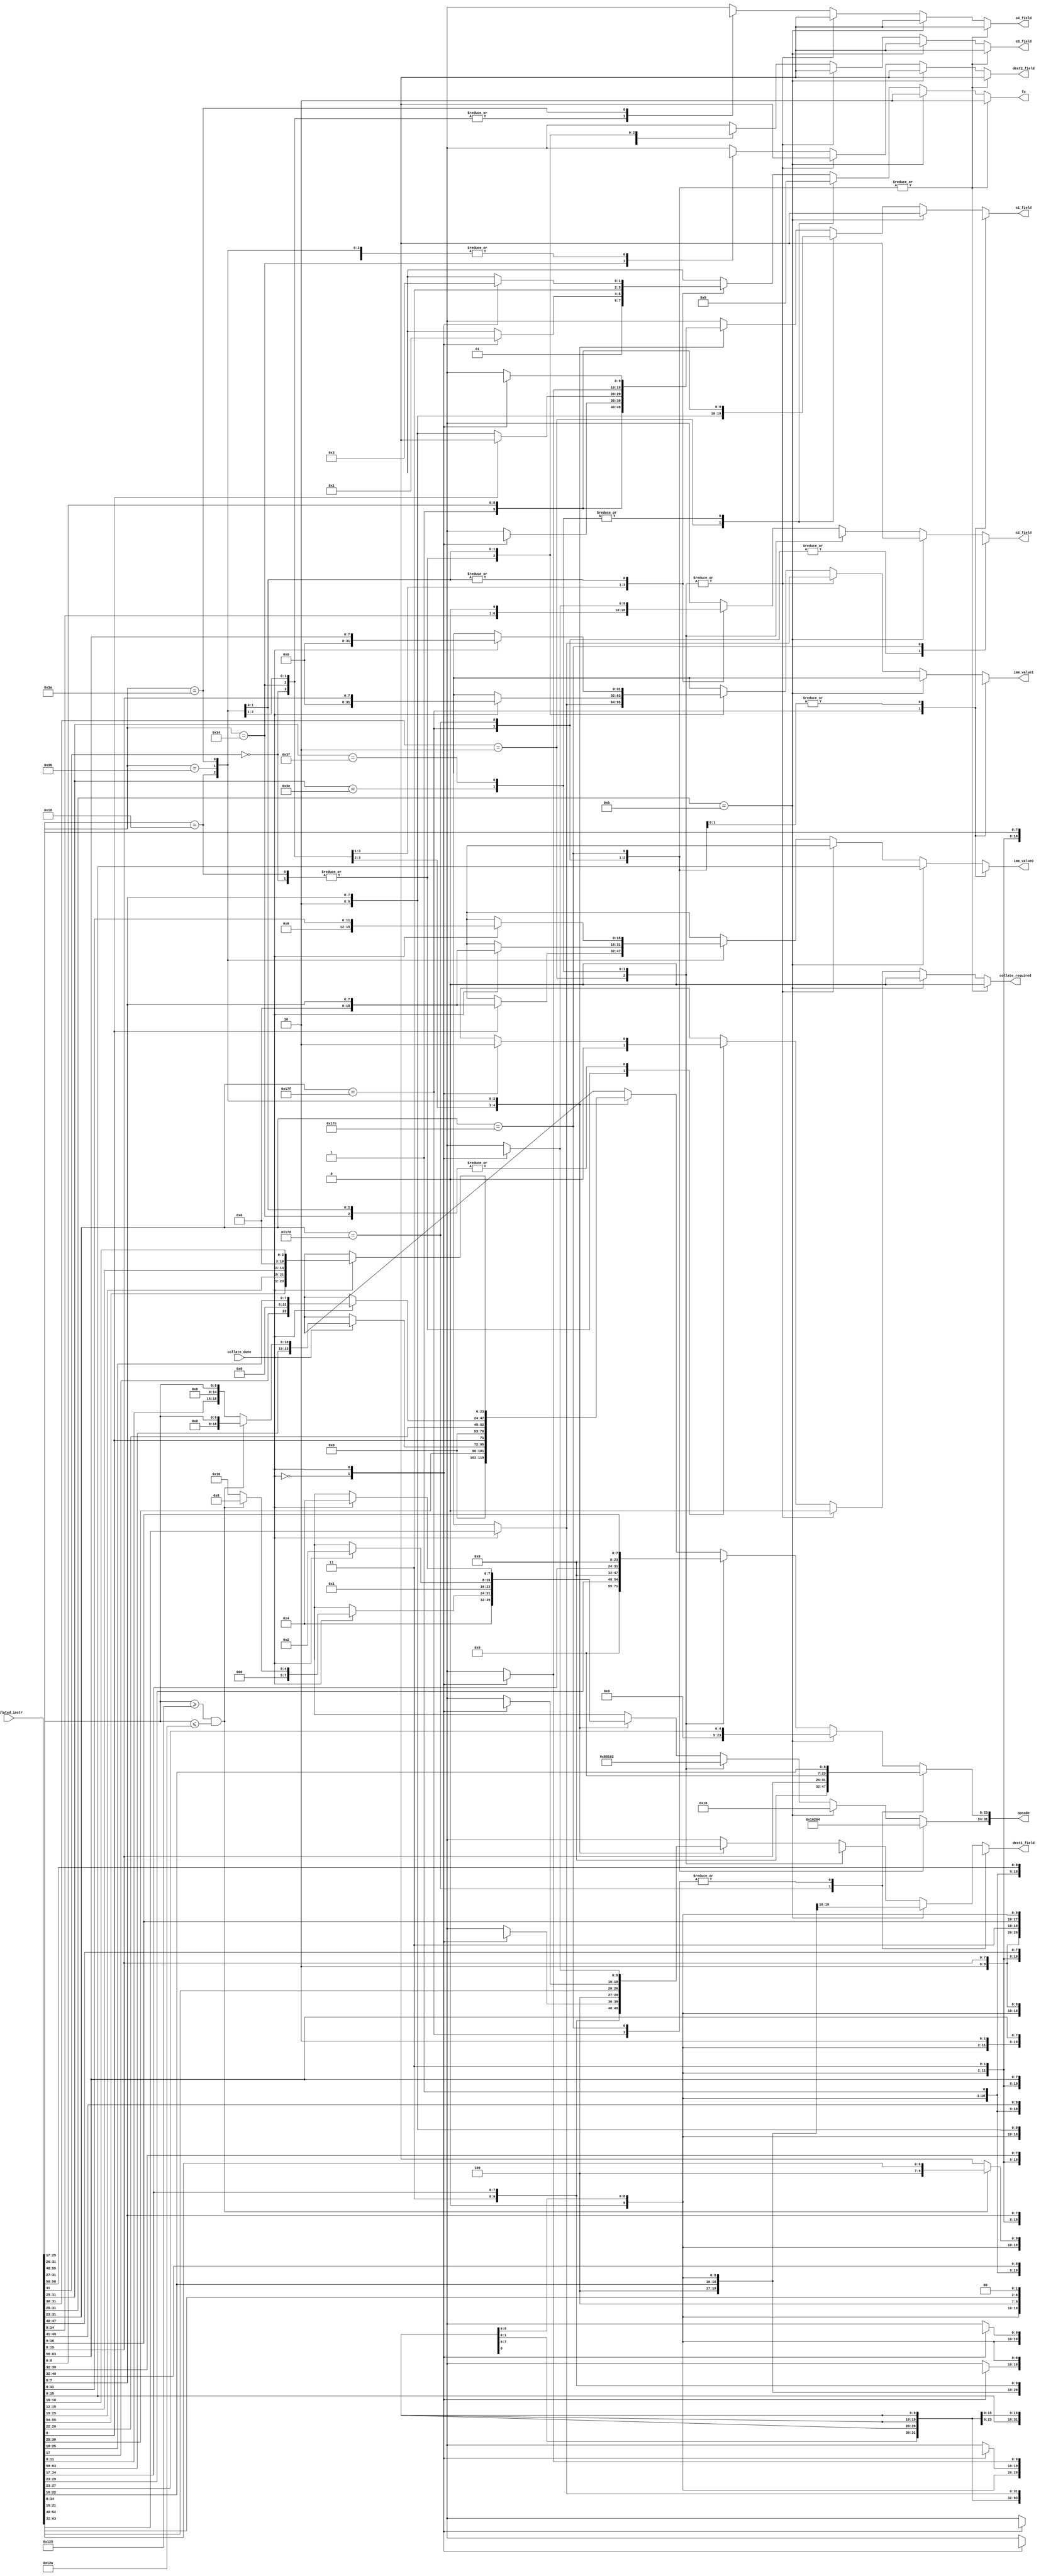
// This program was cloned from: https://github.com/VerticalResearchGroup/miaow
// License: BSD 3-Clause "New" or "Revised" License

`define VD 1'b1
`define IN 1'b0

module decode_core(
 collated_instr,
 collate_done,
 collate_required,
 fu,
 opcode,
 imm_value0,
 imm_value1,
 s1_field,
 s2_field,
 s3_field,
 s4_field,
 dest1_field,
 dest2_field
);

input [63:0] collated_instr;
input collate_done;

output collate_required;
output [1:0] fu;
output [31:0] opcode;
output [15:0] imm_value0;
output [31:0] imm_value1;
output [9:0] s1_field;
output [9:0] s2_field;
output [9:0] s3_field;
output [9:0] s4_field;
output [9:0] dest1_field;
output [9:0] dest2_field;

reg collate_required;
reg wf_halt;
reg wf_barrier;
reg wf_branch;
reg [1:0] fu;
reg [31:0] opcode;
reg [15:0] imm_value0;
reg [31:0] imm_value1;
reg scc_write;
reg scc_read;
reg vcc_write;
reg vcc_read;
reg exec_read;
reg [9:0] s1_field;
reg [9:0] s2_field;
reg [9:0] s3_field;
reg [9:0] s4_field;
reg [9:0] dest1_field;
reg [9:0] dest2_field;

always @(collated_instr or collate_done)
begin
  casex(collated_instr[31:0]) //for 64bit instructions lower word is decoded
    //SOPP
    32'b1011_1111_1???_????_????_????_????_????:
      begin
        collate_required <= 1'b0;
        fu <= 2'b10;
        opcode[31:24] <= 8'd1;
        opcode[23:0] <= {17'b0,collated_instr[22:16]};
        imm_value0 <= collated_instr[15:0];
        imm_value1 <= {32{1'bx}};
        s1_field <= {`IN,{9{1'bx}}};
        s2_field <= {`IN,{9{1'bx}}};
        s3_field <= {`IN,{9{1'bx}}};
        s4_field <= {`IN,{9{1'bx}}};
        dest1_field <= {`IN,{9{1'bx}}};
        dest2_field <= {`IN,{9{1'bx}}};
      end
    //SOP1
    32'b1011_1110_1???_????_????_????_????_????:
      begin
        collate_required <= 1'b0;
        fu <= 2'b10;
        opcode[31:24] <= 8'd2;
        opcode[23:0] <= {16'b0,collated_instr[15:8]};
        imm_value0 <= {16{1'bx}};
        imm_value1 <= collate_done ? collated_instr[63:32] : {32{1'bx}};
        s1_field <= {`VD,1'b0,collated_instr[7:0]}; //SSRC8
        s2_field <= {`IN,{9{1'bx}}};
        s3_field <= {`IN,{9{1'bx}}};
        s4_field <= {`IN,{9{1'bx}}};
        dest1_field <= {`VD,2'b0,collated_instr[22:16]}; //SDST7
        dest2_field <= {`IN,{9{1'bx}}};
      end
    //SOPC
    32'b1011_1111_0???_????_????_????_????_????:
      begin
        collate_required <= 1'b0;
        fu <= 2'b10;
        opcode[31:24] <= 8'd4;
        opcode[23:0] <= {17'b0,collated_instr[22:16]};
        imm_value0 <= {16{1'bx}};
        imm_value1 <= collate_done ? collated_instr[63:32] : {32{1'bx}};
        s1_field <= {`VD,1'b0,collated_instr[7:0]}; //SSRC8
        s2_field <= {`VD,1'b0,collated_instr[15:8]}; //SSRC8
        s3_field <= {`IN,{9{1'bx}}};
        s4_field <= {`IN,{9{1'bx}}};
        dest1_field <= {`IN,{9{1'bx}}};
        dest2_field <= {`IN,{9{1'bx}}};
      end
    //SOPK
    32'b1011_????_????_????_????_????_????_????:
      begin
        collate_required <= 1'b0;
        fu <= 2'b10;
        opcode[31:24] <= 8'd16;
        opcode[23:0] <= {19'b0,collated_instr[27:23]};
        imm_value0 <= collated_instr[15:0];
        imm_value1 <= {32{1'bx}};
        s1_field <= {`IN,{9{1'bx}}};
        s2_field <= {`IN,{9{1'bx}}};
        s3_field <= {`IN,{9{1'bx}}};
        s4_field <= {`IN,{9{1'bx}}};
        dest1_field <= {`VD,2'b0,collated_instr[22:16]}; //SDST7
        dest2_field <= {`IN,{9{1'bx}}};
      end
    //SOP2
    32'b10??_????_????_????_????_????_????_????:
      begin
        collate_required <= 1'b0;
        fu <= 2'b10;
        opcode[31:24] <= 8'd8;
        opcode[23:0] <= {17'b0,collated_instr[29:23]};
        imm_value0 <= {16{1'bx}};
        imm_value1 <= collate_done ? collated_instr[63:32] : {32{1'bx}};
        s1_field <= {`VD,1'b0,collated_instr[7:0]}; //SSRC8
        s2_field <= {`VD,1'b0,collated_instr[15:8]}; //SSRC8
        s3_field <= {`IN,{9{1'bx}}};
        s4_field <= {`IN,{9{1'bx}}};
        dest1_field <= {`VD,2'b0,collated_instr[22:16]}; //SDST7
        dest2_field <= {`IN,{9{1'bx}}};
      end
    //Vector formats
    //VOPC
    32'b0111_110?_????_????_????_????_????_????:
      begin
        collate_required <= 1'b0;
        fu <= 2'b01;
        opcode[31:24] <= 8'd1;
        opcode[23:0] <= {16'b0,collated_instr[24:17]};
        imm_value0 <= {16{1'bx}};
        imm_value1 <= collate_done ? collated_instr[63:32] : {32{1'bx}};
        s1_field <= {`VD,collated_instr[8:0]}; //SRC9
        s2_field <= {`VD,1'b1,collated_instr[16:9]}; //VSRC8
        s3_field <= {`IN,{9{1'bx}}};
        s4_field <= {`IN,{9{1'bx}}};
        dest1_field <= {`IN,{9{1'bx}}};
        dest2_field <= {`IN,{9{1'bx}}};
      end
    //VOP1
    32'b0111_111?_????_????_????_????_????_????:
      begin
        collate_required <= 1'b0;
        fu <= 2'b01;
        opcode[31:24] <= 8'd2;
        opcode[23:0] <= {16'b0,collated_instr[16:9]};
        imm_value0 <= {16{1'bx}};
        imm_value1 <= collate_done ? collated_instr[63:32] : {32{1'bx}};
        s1_field <= {`VD,collated_instr[8:0]}; //SRC9
        s2_field <= {`IN,{9{1'bx}}};
        s3_field <= {`IN,{9{1'bx}}};
        s4_field <= {`IN,{9{1'bx}}};
        dest1_field <= {`VD,1'b1,collated_instr[24:17]}; //VDST8
        dest2_field <= {`IN,{9{1'bx}}};
      end
    //VOP2
    32'b0???_????_????_????_????_????_????_????:
      begin
        collate_required <= 1'b0;
        fu <= 2'b01;
        opcode[31:24] <= 8'd4;
        opcode[23:0] <= {18'b0,collated_instr[30:25]};
        imm_value0 <= {16{1'bx}};
        imm_value1 <= collate_done ? collated_instr[63:32] : {32{1'bx}};
        s1_field <= {`VD,collated_instr[8:0]}; //SRC9
        s2_field <= {`VD,1'b1,collated_instr[16:9]}; //VSRC8
        s3_field <= {`IN,{9{1'bx}}};
        s4_field <= {`IN,{9{1'bx}}};
        dest1_field <= {`VD,1'b1,collated_instr[24:17]}; //VDST8
        dest2_field <= {`IN,{9{1'bx}}};
      end
    //VOP3a and VOP3b
    32'b1101_00??_????_????_????_????_????_????:
      begin
        casex(collate_done)
          //Only first word available
          1'b0:
            begin
              collate_required <= 1'b1;
              fu <= 2'b0; //Unused fu
              opcode[31:24] <= {8{1'bx}};
              opcode[23:0] <= {24{1'bx}};
              imm_value0 <= {16{1'bx}};
              imm_value1 <= {32{1'bx}};
              s1_field <= {`IN,{9{1'bx}}};
              s2_field <= {`IN,{9{1'bx}}};
              s3_field <= {`IN,{9{1'bx}}};
              s4_field <= {`IN,{9{1'bx}}};
              dest1_field <= {`IN,{9{1'bx}}};
              dest2_field <= {`IN,{9{1'bx}}};
            end
           //Both words are available
           1'b1:
             begin
               //VOP3b
               if((collated_instr[25:17] >= 9'h125) && (collated_instr[25:17] <= 9'h12a))
                 begin
                   collate_required <= 1'b0;
                   fu <= 2'b01;
                   opcode[31:24] <= 8'd8;
                   opcode[23:0] <= {collated_instr[63:59],10'b0,collated_instr[25:17]};
                   imm_value0 <= {16{1'bx}};
                   imm_value1 <= {32{1'bx}};
                   s1_field <= {`VD,collated_instr[40:32]}; //SRC9
                   s2_field <= {`VD,collated_instr[49:41]}; //SRC9
                   s3_field <= {`VD,collated_instr[58:50]}; //SRC9
                   s4_field <= {`IN,{9{1'bx}}};
                   dest1_field <= {`VD,1'b1,collated_instr[7:0]}; //VDST8
                   dest2_field <= {`VD,2'b0,collated_instr[14:8]}; //SDST7
                 end
               //VOP3a
               else
                 begin
                   collate_required <= 1'b0;
                   fu <= 2'b01;
                   opcode[31:24] <= 8'd16;
                   opcode[23:0] <= {collated_instr[63:59],collated_instr[11:8],6'b0,collated_instr[25:17]};
                   imm_value0 <= {16{1'bx}};
                   imm_value1 <= {32{1'bx}};
                   s1_field <= {`VD,collated_instr[40:32]}; //SRC9
                   s2_field <= {`VD,collated_instr[49:41]}; //SRC9
                   s3_field <= {`VD,collated_instr[58:50]}; //SRC9
                   s4_field <= {`IN,{9{1'bx}}};
                   dest1_field <= {`VD,1'b1,collated_instr[7:0]}; //VDST8
                   dest2_field <= {`IN,{9{1'bx}}};
                 end
             end
           //Error Condition
           default:
             begin
              collate_required <= 1'bx;
              fu <= {2{1'bx}};
              opcode[31:24] <= {8{1'bx}};
              opcode[23:0] <= {24{1'bx}};
              imm_value0 <= {16{1'bx}};
              imm_value1 <= {32{1'bx}};
              s1_field <= {10{1'bx}};
              s2_field <= {10{1'bx}};
              s3_field <= {10{1'bx}};
              s4_field <= {10{1'bx}};
              dest1_field <= {10{1'bx}};
              dest2_field <= {10{1'bx}};
             end
        endcase
      end
    //SMRD
    32'b1100_0???_????_????_????_????_????_????:
      begin
        collate_required <= 1'b0;
        fu <= 2'b11;
        opcode[31:24] <= 8'd1;
        opcode[23:0] <= {collated_instr[8],18'b0,collated_instr[26:22]};
        imm_value0 <= collated_instr[8] ? {8'b0,collated_instr[7:0]} : {16{1'bx}}; //OFFSET8 if IMM=1
        imm_value1 <= collate_done ? collated_instr[63:32] : {32{1'bx}};
        s1_field <= collated_instr[8] ? {`IN,{9{1'bx}}} : {`VD,1'b0,collated_instr[7:0]}; //OFFSET8 if IMM=0
        s2_field <= {`VD,2'b0,collated_instr[14:9],1'b0}; //SBASE6
        s3_field <= {`IN,{9{1'bx}}};
        s4_field <= {`IN,{9{1'bx}}};
        dest1_field <= {`VD,2'b0,collated_instr[21:15]}; //SDST7
        dest2_field <= {`IN,{9{1'bx}}};
      end
    //LDS/GDS
    32'b1101_10??_????_????_????_????_????_????:
      begin
        casex(collate_done)
          //Only first word available
          1'b0:
            begin
              collate_required <= 1'b1;
              fu <= 2'b0; //Unused fu
              opcode[31:24] <= {8{1'bx}};
              opcode[23:0] <= {24{1'bx}};
              imm_value0 <= {16{1'bx}};
              imm_value1 <= {32{1'bx}};
              s1_field <= {`IN,{9{1'bx}}};
              s2_field <= {`IN,{9{1'bx}}};
              s3_field <= {`IN,{9{1'bx}}};
              s4_field <= {`IN,{9{1'bx}}};
              dest1_field <= {`IN,{9{1'bx}}};
              dest2_field <= {`IN,{9{1'bx}}};
            end
           //Both words are available
           1'b1:
             begin
               collate_required <= 1'b0;
               fu <= 2'b11;
               opcode[31:24] <= 8'd2;
               opcode[23:0] <= {collated_instr[17],15'b0,collated_instr[25:18]};
               imm_value0 <= collated_instr[7:0];
               imm_value1 <= collated_instr[15:8];
               s1_field <= {`VD,1'b1,collated_instr[39:32]}; //ADDR8 (only VGPR)
               s2_field <= {`VD,1'b1,collated_instr[47:40]}; //DATA0 (only VGPR)
               s3_field <= {`VD,1'b1,collated_instr[55:48]}; //DATA1 (only VGPR)
               s4_field <= {`IN,{9{1'bx}}};
               dest1_field <= {`VD,1'b1,collated_instr[63:56]}; //VDST8
               dest2_field <= {`IN,{9{1'bx}}};
             end
           //Error Condition
           default:
             begin
              collate_required <= 1'bx;
              fu <= {2{1'bx}};
              opcode[31:24] <= {8{1'bx}};
              opcode[23:0] <= {24{1'bx}};
              imm_value0 <= {16{1'bx}};
              imm_value1 <= {32{1'bx}};
              s1_field <= {10{1'bx}};
              s2_field <= {10{1'bx}};
              s3_field <= {10{1'bx}};
              s4_field <= {10{1'bx}};
              dest1_field <= {10{1'bx}};
              dest2_field <= {10{1'bx}};
             end
        endcase
      end
    //MTBUF
    32'b1110_10??_????_????_????_????_????_????:
      begin
        casex(collate_done)
          //Only first word available
          1'b0:
            begin
              collate_required <= 1'b1;
              fu <= 2'b0; //Unused fu
              opcode[31:24] <= {8{1'bx}};
              opcode[23:0] <= {24{1'bx}};
              imm_value0 <= {16{1'bx}};
              imm_value1 <= {32{1'bx}};
              s1_field <= {`IN,{9{1'bx}}};
              s2_field <= {`IN,{9{1'bx}}};
              s3_field <= {`IN,{9{1'bx}}};
              s4_field <= {`IN,{9{1'bx}}};
              dest1_field <= {`IN,{9{1'bx}}};
              dest2_field <= {`IN,{9{1'bx}}};
            end
           //Both words are available
           1'b1:
             begin
               collate_required <= 1'b0;
               fu <= 2'b11;
               opcode[31:24] <= 8'd4;
               opcode[23:0] <= {collated_instr[55:54],collated_instr[25:19],collated_instr[15:12],8'b0,collated_instr[18:16]};
               imm_value0 <= {4'd0,collated_instr[11:0]}; //The ISA does not suggest this offset to be optional.
               imm_value1 <= {24'd0,collated_instr[63:56]};
               s1_field <= {`VD,1'b0,collated_instr[63:56]}; //SOFFSET8
               s2_field <= {`VD,1'b1,collated_instr[47:40]}; //VDATA8 if store
               s3_field <= {`VD,1'b1,collated_instr[39:32]}; //VADDR8
               s4_field <= {`VD,2'b0,collated_instr[52:48],2'b0}; //SRSRC5
               dest1_field <= {`VD,1'b1,collated_instr[47:40]}; //VDATA8 if load
               dest2_field <= {`IN,{9{1'bx}}};
             end
           //Error Condition
           default:
             begin
              collate_required <= 1'bx;
              fu <= {2{1'bx}};
              opcode[31:24] <= {8{1'bx}};
              opcode[23:0] <= {24{1'bx}};
              imm_value0 <= {16{1'bx}};
              imm_value1 <= {32{1'bx}};
              s1_field <= {10{1'bx}};
              s2_field <= {10{1'bx}};
              s3_field <= {10{1'bx}};
              s4_field <= {10{1'bx}};
              dest1_field <= {10{1'bx}};
              dest2_field <= {10{1'bx}};
             end
        endcase
      end
    //Error condition
    default:
      begin
        collate_required <= 1'bx;
        fu <= {2{1'bx}};
        opcode[31:24] <= {8{1'bx}};
        opcode[23:0] <= {24{1'bx}};
        imm_value0 <= {16{1'bx}};
        imm_value1 <= {32{1'bx}};
        s1_field <= {10{1'bx}};
        s2_field <= {10{1'bx}};
        s3_field <= {10{1'bx}};
        s4_field <= {10{1'bx}};
        dest1_field <= {10{1'bx}};
        dest2_field <= {10{1'bx}};
      end
  endcase
end

endmodule